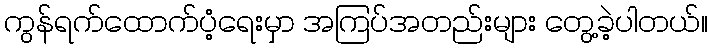
ကွန်ရက်ထောက်ပံ့ရေးမှာ အကြပ်အတည်းများ တွေ့ခဲ့ပါတယ်။